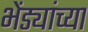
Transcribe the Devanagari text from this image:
भेंड्यांच्या